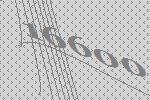
16600